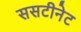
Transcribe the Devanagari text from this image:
ससटीनेट